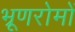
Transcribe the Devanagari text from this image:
भ्रूणरोमों